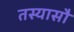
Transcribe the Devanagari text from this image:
तस्यासौ